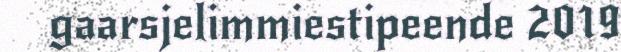
gaarsjelimmiestipeende 2019